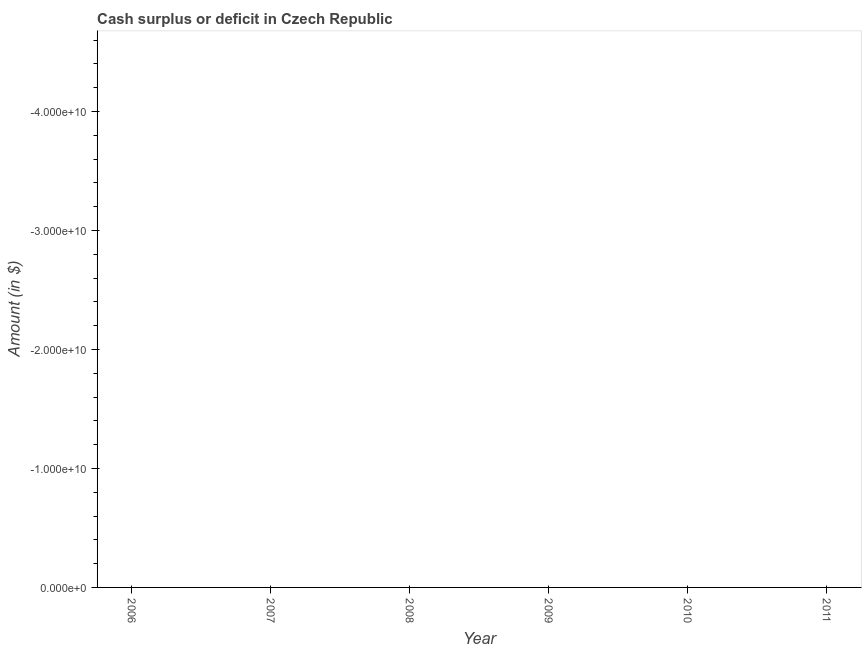
| Year | Cash surplus or deficit |
 | --- | --- |
 | 2006 | -1.36e+11 |
 | 2007 | -5.52e+10 |
 | 2008 | -5.52e+10 |
 | 2009 | -2.23e+11 |
 | 2010 | -1.8e+11 |
 | 2011 | -1.7e+11 |